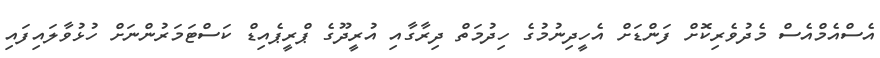
އެސްއެމްއެސް މެދުވެރިކޮށް ފަންޑަށް އެހީދިނުމުގެ ހިދުމަތް ދިރާގާއި އުރީދޫގެ ޕްރީޕެއިޑް ކަސްޓަމަރުންނަށް ހުޅުވާލައިފައި